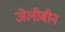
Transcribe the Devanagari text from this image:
जेलीबीन